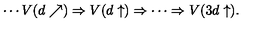
\cdots V ( d \nearrow ) \Rightarrow V ( d \uparrow ) \Rightarrow \cdots \Rightarrow V ( 3 d \uparrow ) .